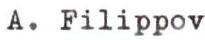
A. Filippov